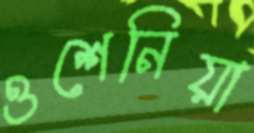
ওশেনিয়া